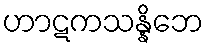
ဟာဋကသန္နိဘေ